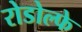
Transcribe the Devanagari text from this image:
रोडोल्फे